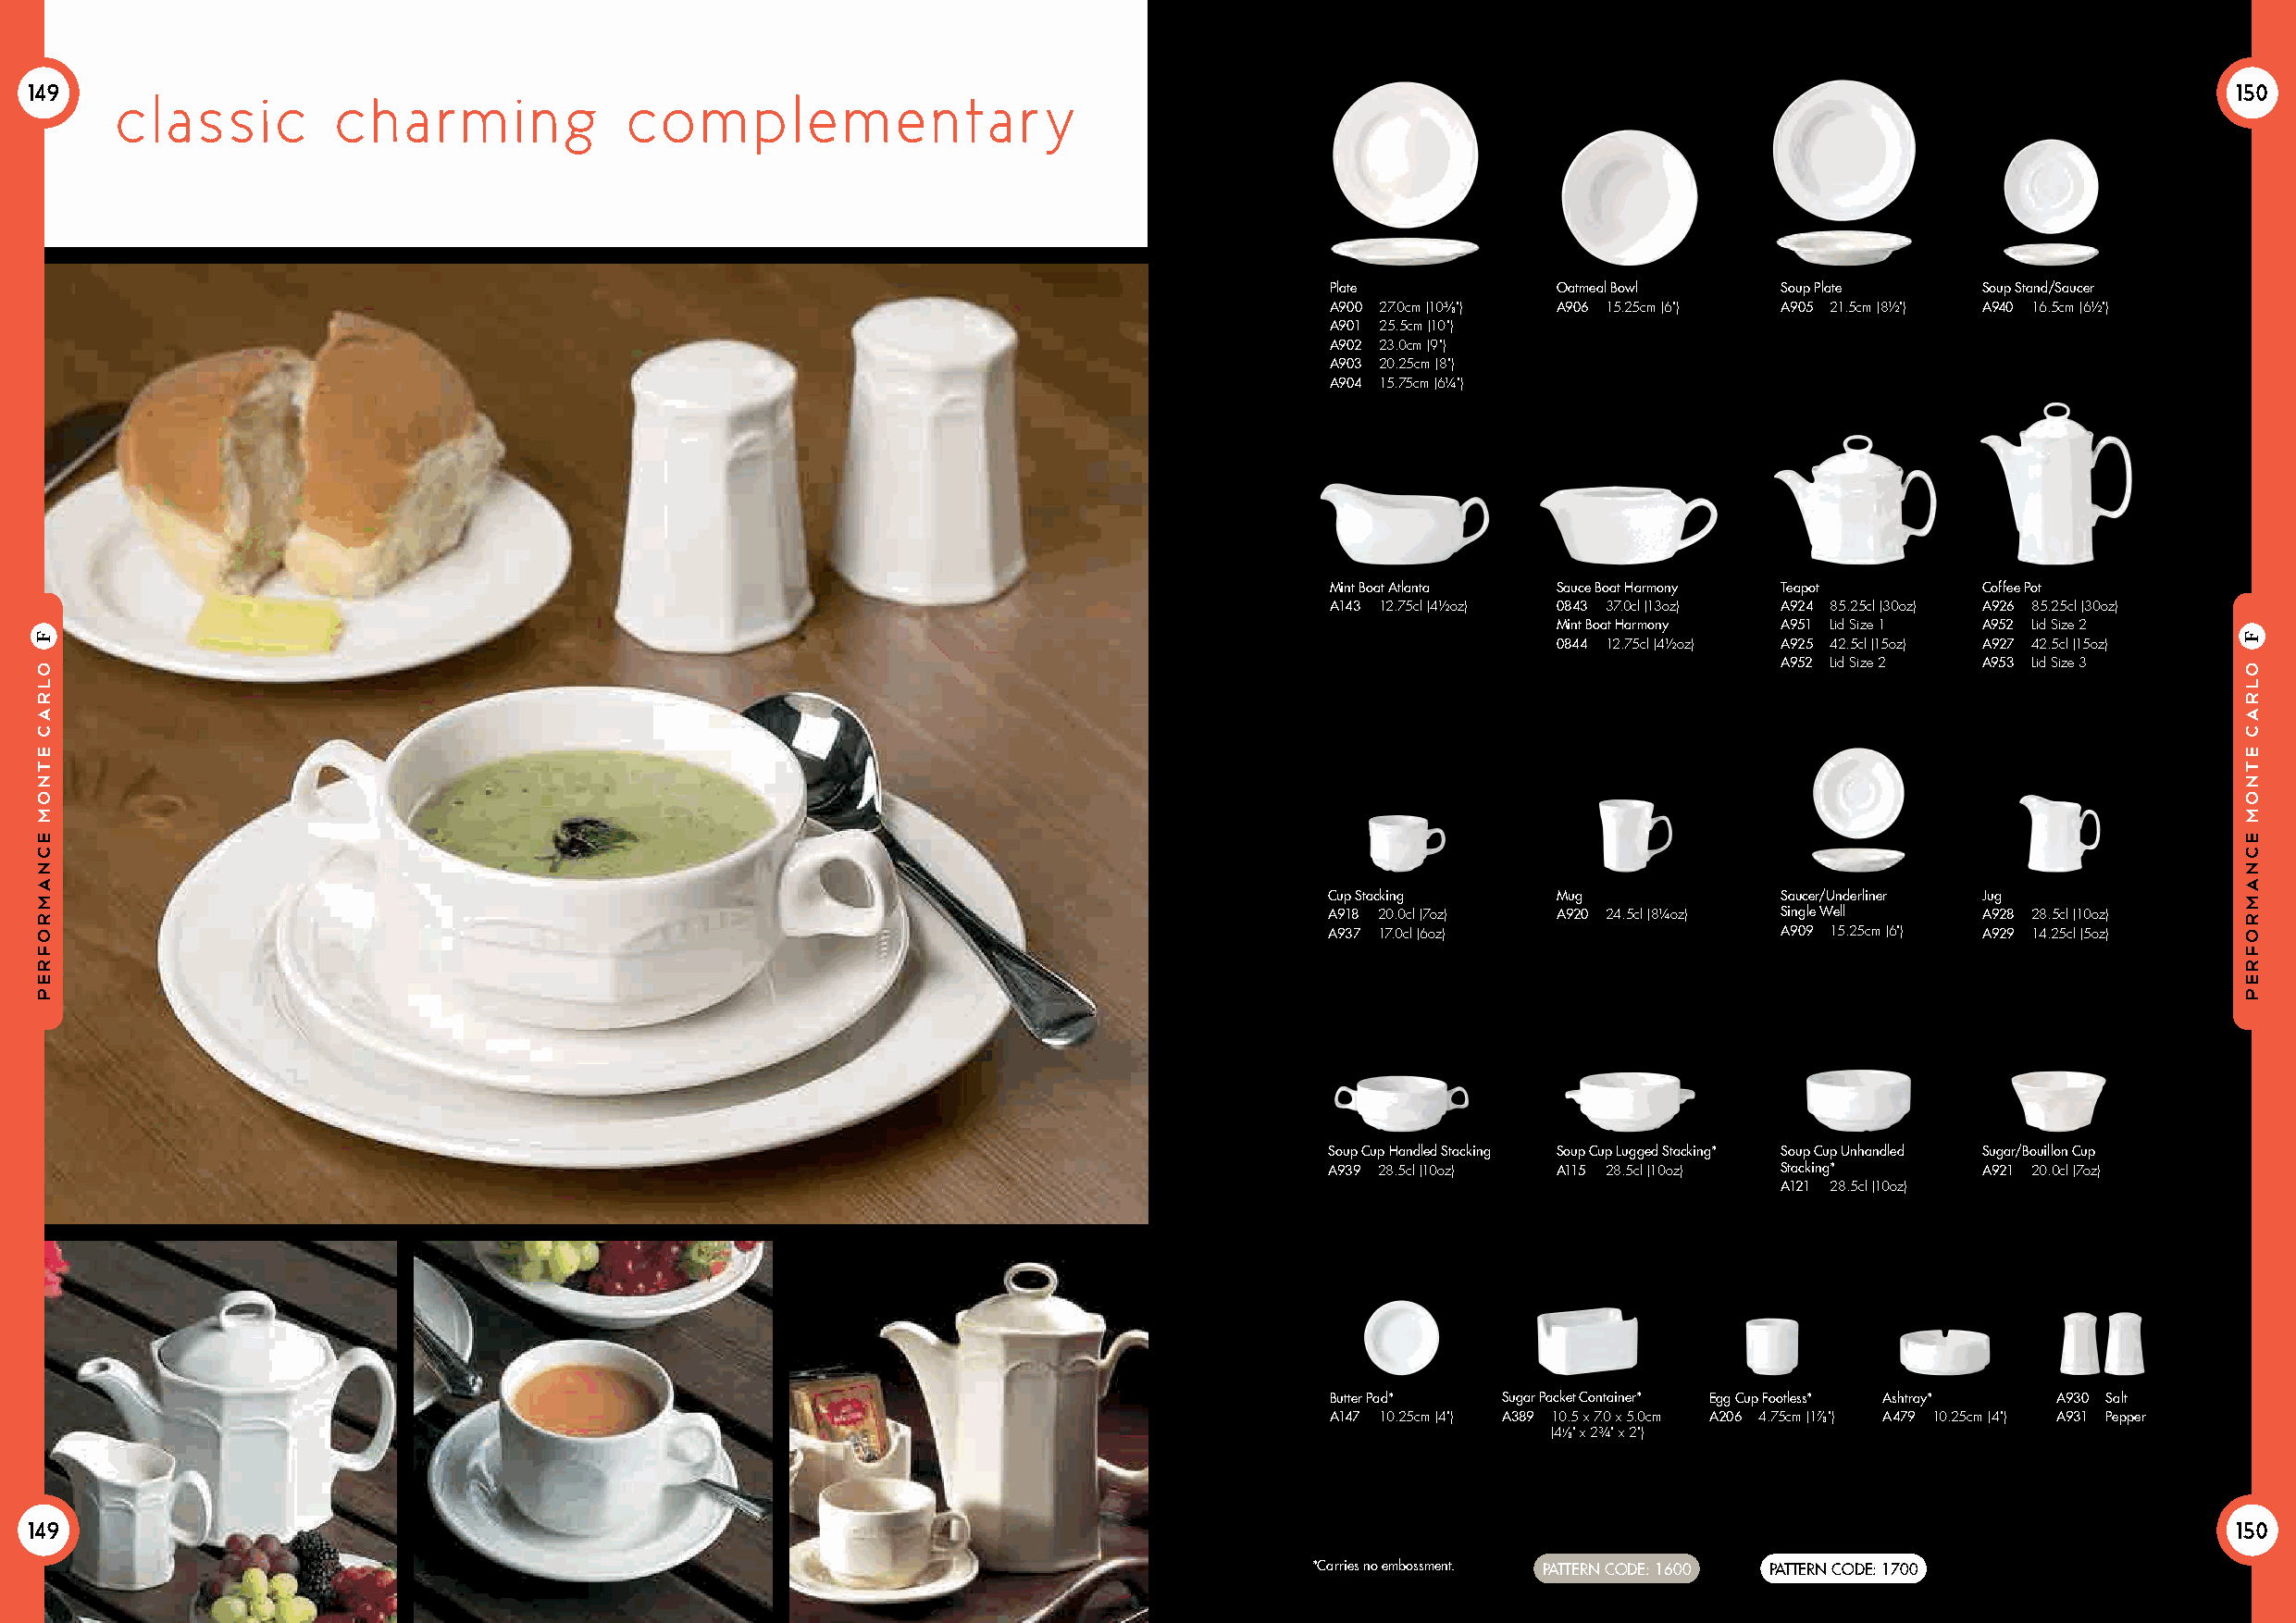
149                                                                                                                                                           150
 classic         cha    rm    i ng    co   m   pl  e m   e  nta   r y
 Plate           Oatmeal Bowl    Soup Plate     Soup Stand/Saucer
 A900 27.0cm (105⁄8") A906 15.25cm (6") A905 21.5cm (8½") A940 16.5cm (6½")
 A901 25.5cm (10")
 A902 23.0cm (9")
 A903 20.25cm (8")
 A904 15.75cm (6¼")
 Mint Boat Atlanta Sauce Boat Harmony Teapot    Coffee Pot
 A143 12.75cl (4½oz) 0843 37.0cl (13oz) A924 85.25cl (30oz) A926 85.25cl (30oz)
 Mint Boat Harmony A951 Lid Size 1 A952 Lid Size 2
 0844 12.75cl (4½oz) A925 42.5cl (15oz) A927 42.5cl (15oz)
 A952 Lid Size 2 A953 Lid Size 3
 Cup Stacking    Mug             Saucer/Underliner Jug
 A918 20.0cl (7oz) A920 24.5cl (8¼oz) Single Well A928 28.5cl (10oz)
 A937 17.0cl (6oz)               A909 15.25cm (6") A929 14.25cl (5oz)
 Soup Cup Handled Stacking Soup Cup Lugged Stacking* Soup Cup Unhandled Sugar/Bouillon Cup
 A939 28.5cl (10oz) A115 28.5cl (10oz) Stacking* A921 20.0cl (7oz)
 A121 28.5cl (10oz)
 Butter Pad* Sugar Packet Container* Egg Cup Footless* Ashtray* A930 Salt
 A147 10.25cm (4") A389 1 0.5 x 7.0 x 5.0cm A206 4.75cm (17⁄8") A479 10.25cm (4") A931 Pepper
 (41⁄8" x 2¾" x 2")
 149                                                                                                                                                           150
 *Carries no embossment. PATTERN CODE: 1600 PATTERN CODE: 1700
 olrac
 eTnom
 ecnamrofrep
 F
 olrac
 eTnom
 ecnamrofrep
 F